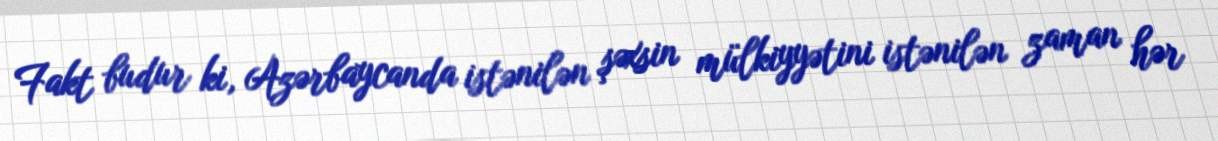
Fakt budur ki, Azərbaycanda istənilən şəxsin mülkiyyətini istənilən zaman hər